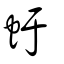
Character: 虶